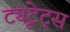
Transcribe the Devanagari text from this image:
ट्यूटेट्स